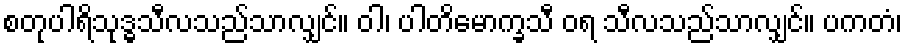
စတုပါရိသုဒ္ဓသီလသည်သာလျှင်။ ဝါ၊ ပါတိမောက္ခသီ ဝရ သီလသည်သာလျှင်။ ပကတံ၊